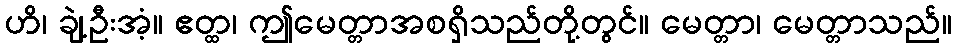
ဟိ၊ ချဲ့ဦးအံ့။ ဧတ္ထ၊ ဤမေတ္တာအစရှိသည်တို့တွင်။ မေတ္တာ၊ မေတ္တာသည်။